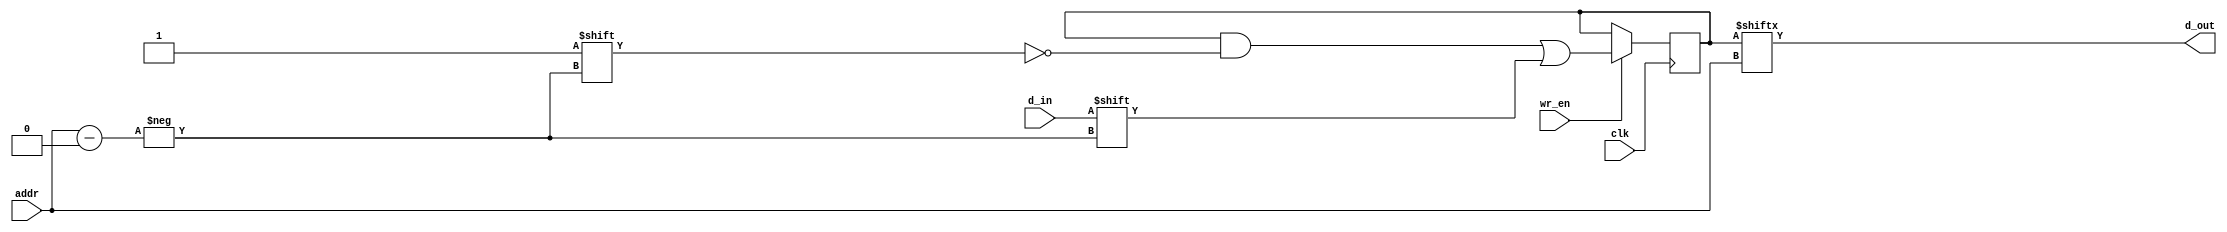
// This program was cloned from: https://github.com/lnis-uofu/OpenFPGA
// License: MIT License

// SPRAM 4x1 for implementation in LUT4-RAM
// Asynchronous reading

module spram_4x1 (
	input	 	clk,
	input[1:0]	addr,
	input		d_in,
	input		wr_en,
	output		d_out );

	reg[3:0]	mem;

	assign d_out = mem[addr];

	always @(posedge clk) begin
		if(wr_en) begin
			mem[addr] <= d_in;
		end
	end

endmodule